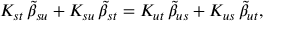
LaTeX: K _ { s t } \, { \tilde { \beta } } _ { s u } + K _ { s u } \, { \tilde { \beta } } _ { s t } = K _ { u t } \, { \tilde { \beta } } _ { u s } + K _ { u s } \, { \tilde { \beta } } _ { u t } ,